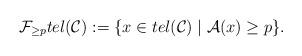
LaTeX: \begin{align*}\mathcal{F}_{\geq p} tel(\mathcal{C}):= \lbrace x\in tel(\mathcal{C})\mid \mathcal{A}(x)\geq p\rbrace.\end{align*}